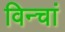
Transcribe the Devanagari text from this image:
विन्चां